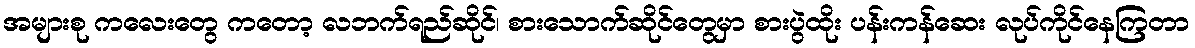
အများစု ကလေးတွေ ကတော့ လဘက်ရည်ဆိုင်၊ စားသောက်ဆိုင်တွေမှာ စားပွဲထိုး ပန်းကန်ဆေး လုပ်ကိုင်နေကြတာ